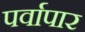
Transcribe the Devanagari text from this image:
पर्वापार